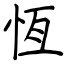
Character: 恆